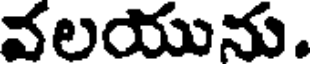
వలయును.